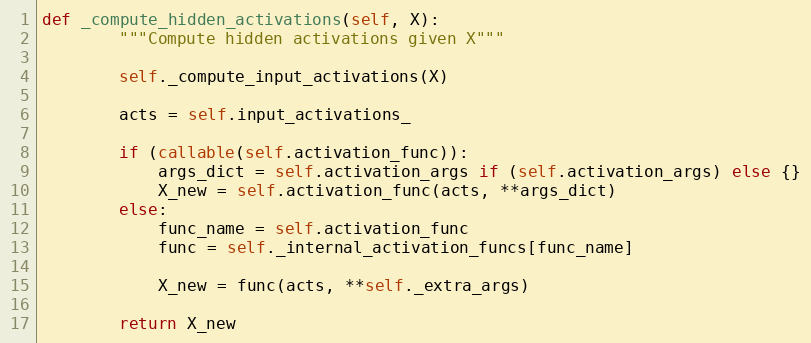
Language: Python
def _compute_hidden_activations(self, X):
        """Compute hidden activations given X"""

        self._compute_input_activations(X)

        acts = self.input_activations_

        if (callable(self.activation_func)):
            args_dict = self.activation_args if (self.activation_args) else {}
            X_new = self.activation_func(acts, **args_dict)
        else:
            func_name = self.activation_func
            func = self._internal_activation_funcs[func_name]

            X_new = func(acts, **self._extra_args)

        return X_new